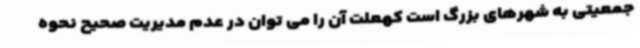
جمعیتی به شهرهای بزرگ است کهعلت آن را می توان در عدم مدیریت صحیح نحوه